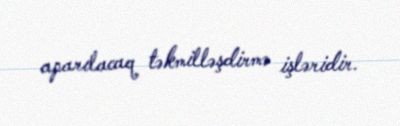
aparılacaq təkmilləşdirmə işləridir.